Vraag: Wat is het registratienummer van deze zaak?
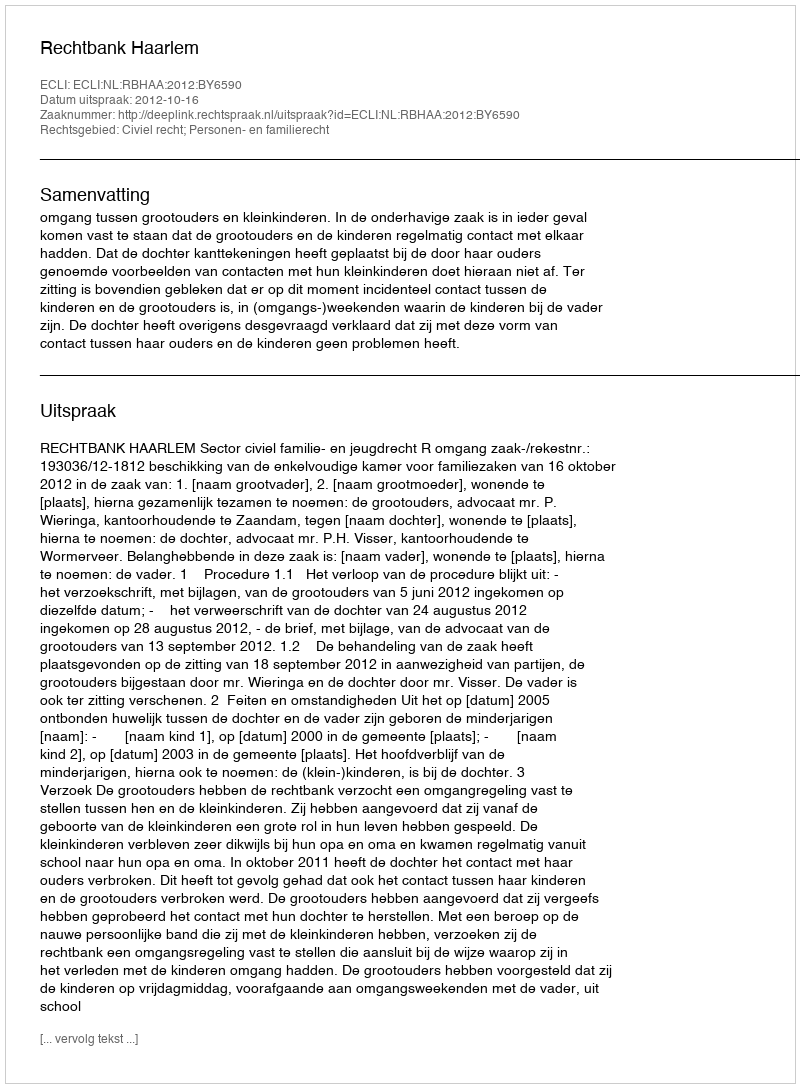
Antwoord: http://deeplink.rechtspraak.nl/uitspraak?id=ECLI:NL:RBHAA:2012:BY6590